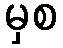
မှစ